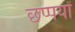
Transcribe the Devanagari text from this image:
छप्पयों